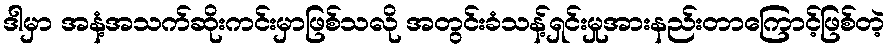
ဒါမှာ အနံ့အသက်ဆိုးကင်းမှာဖြစ်သလို အတွင်းခံသန့်ရှင်းမှုအားနည်းတာကြောင့်ဖြစ်တဲ့